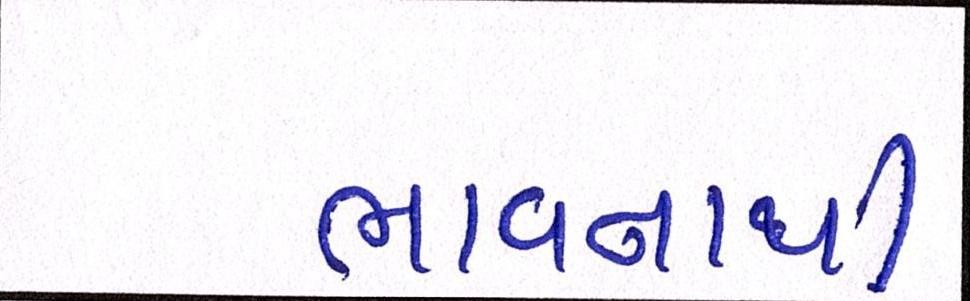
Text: ભાવનાથી